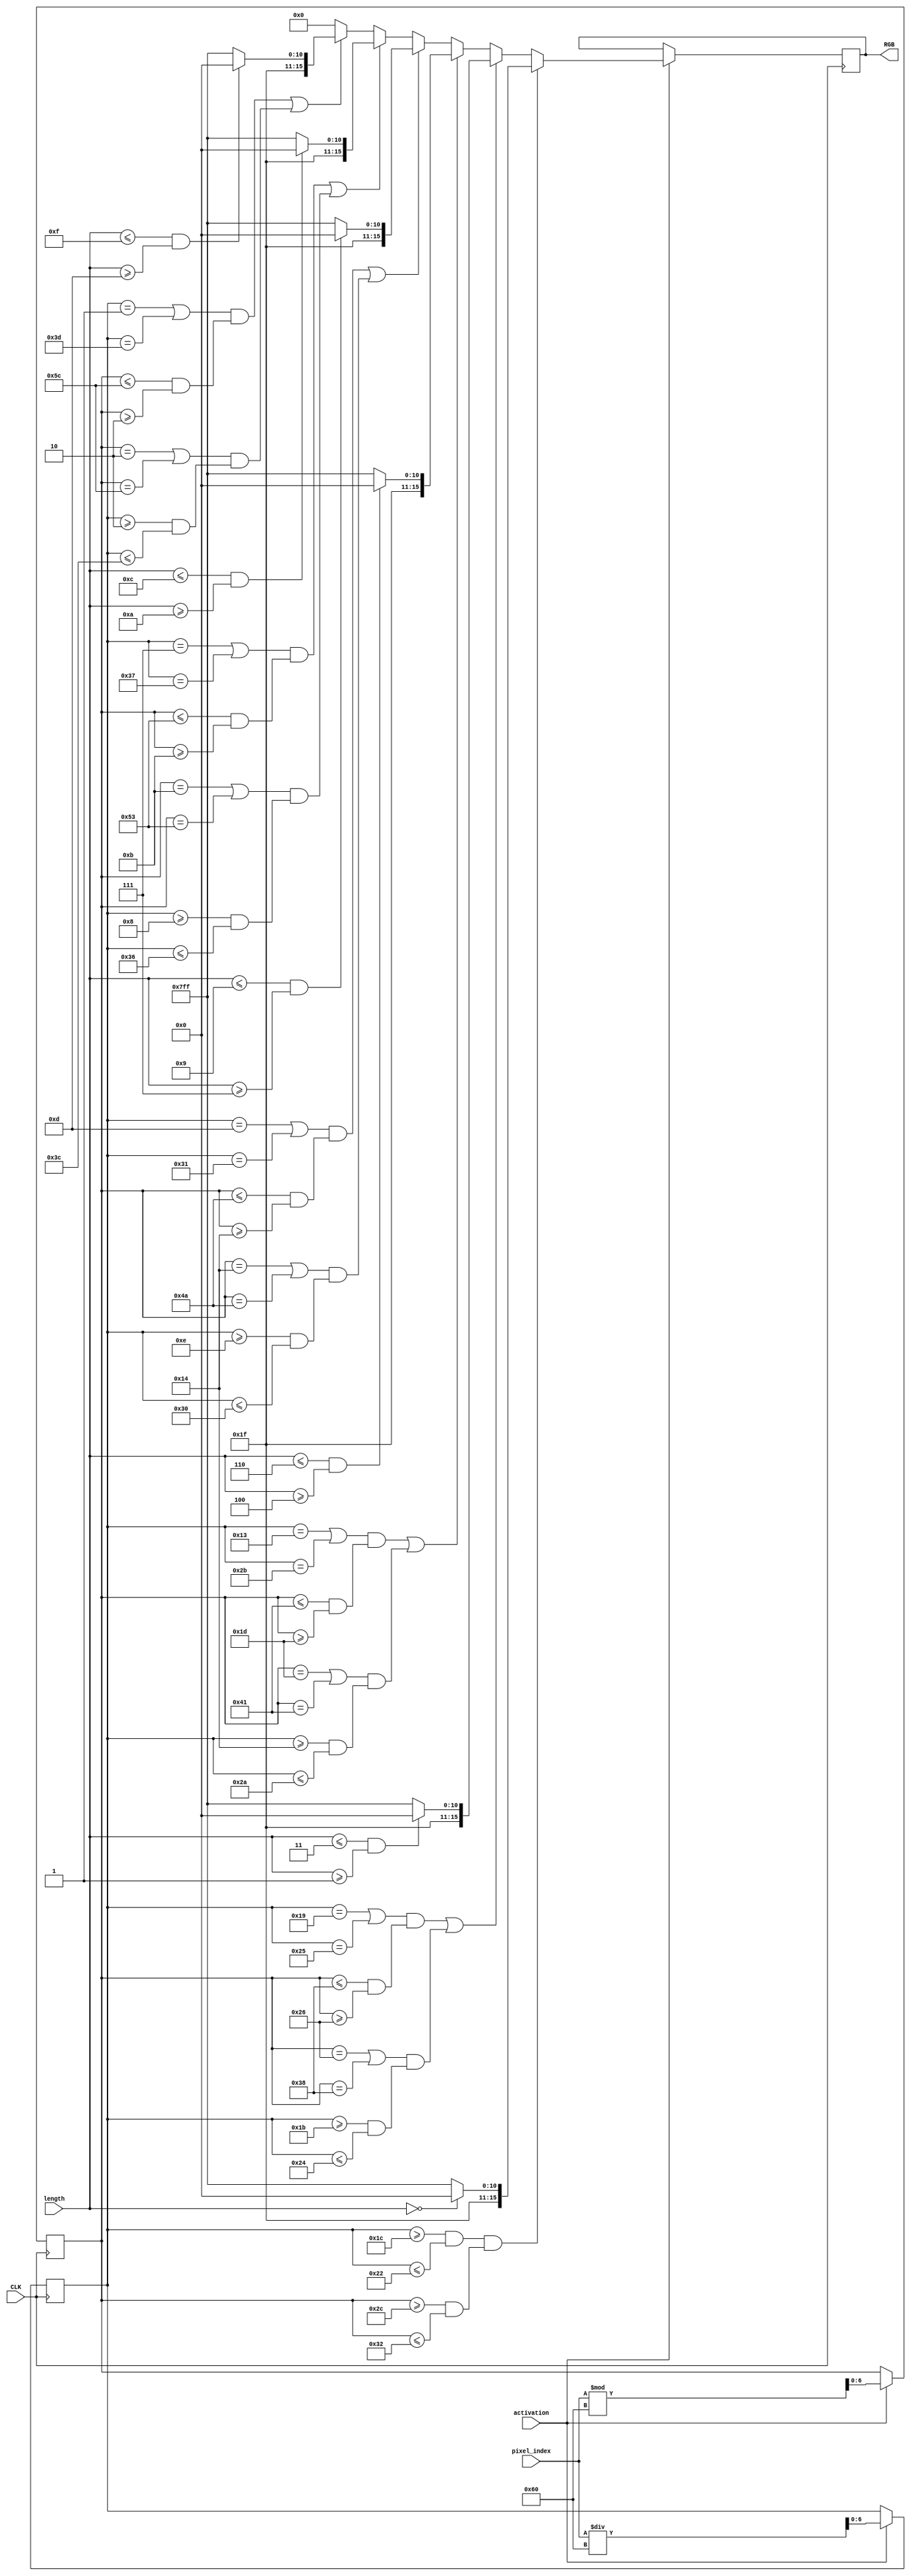
`timescale 1ns / 1ps
//////////////////////////////////////////////////////////////////////////////////
// Company: 
// Engineer: 
// 
// Design Name: 
// Module Name: sonar_display
// Project Name: 
// Target Devices: 
// Tool Versions: 
// Description: 
// 
// Dependencies: 
// 
// Revision:
// Revision 0.01 - File Created
// Additional Comments:
// 
//////////////////////////////////////////////////////////////////////////////////


module sonar_display(
input CLK,
input activation,
input [3:0]length,
input [12:0] pixel_index,
output reg [15:0] RGB = 16'b0000000000000000
    );
    reg [6:0] row = 0;
    reg [6:0] column = 0;    
    
    //Each length represents 1cm.
   always @(posedge CLK)
   begin
   
   if (activation == 1)
   begin
       row <= pixel_index / 96;
       column <= pixel_index % 96;  
       //Layer 0
          if ((row >= 28 && row <= 34)  && (column >=44 &&column <= 50))
          begin
              if (length == 0)
              begin
              RGB = 16'b1111100000000000;
              end
              
              else
              begin
              RGB = 16'b1111111111111111;
              end         
          end
        //Layer 1  
          else if (((row == 25 || row == 37) &&(column <= 56 && column >= 38)) || ((column == 38 || column == 56) && (row >= 27 && row <=36)))
          begin  
              if(length <=3 && length >= 1)
              begin
              RGB = 16'b1111100000000000;
              end
              
              else
              begin
              RGB = 16'b1111111111111111;
              end 
          end   
          //Layer 2
          else if(((row == 19 || row == 43) &&(column <= 65 && column >= 29)) || ((column == 29 || column == 65) && (row >=20 && row <=42)))
              begin
              if(length <=6 && length >= 4)
              begin
              RGB = 16'b1111100000000000;
              end
              
              else
              begin
              RGB = 16'b1111111111111111;
              end 
          end      
          //Layer 3
          else if(((row == 13 || row == 49) &&(column <= 74 && column >= 20)) || ((column == 20 || column == 74) && (row >=14 && row <=48)))
              begin
              if(length <=9 && length >= 7)
              begin
              RGB = 16'b1111100000000000;
              end
     
              else
              begin
              RGB = 16'b1111111111111111;
              end 
          end  
          //Layer 4
          else if(((row == 7 || row == 55) &&(column <= 83 && column >= 11)) || ((column == 11 || column == 83) && (row >=8 && row <=54)))
              begin
              if(length <=12 && length >= 10)
              begin
              RGB = 16'b1111100000000000;
              end
     
              else
              begin
              RGB = 16'b1111111111111111;
              end 
          end  
          //Layer 5
            else if(((row == 1 || row == 61) &&(column <= 92 && column >= 2)) || ((column == 2 || column == 92) && (row >=2 && row <=60)))
              begin
              if(length <=15 && length >= 13)
              begin
              RGB = 16'b1111100000000000;
              end
     
              else
              begin
              RGB = 16'b1111111111111111;
              end 
          end      
          
          else 
          begin
            RGB = 16'b0000000000000000;
          end
          
       end   
    end    
endmodule